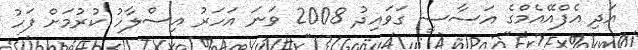
އަދި އެފްއޭއެމްގެ އަސާސީ ގަވައިދު 2008 ވަނަ އަހަރު އިސްލާހު ކުރުމަށް ފަހު